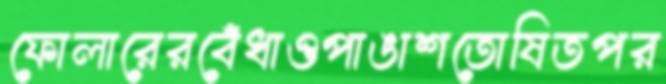
ফোলারেরবেঁধাওপাঙাশতোষিতপর